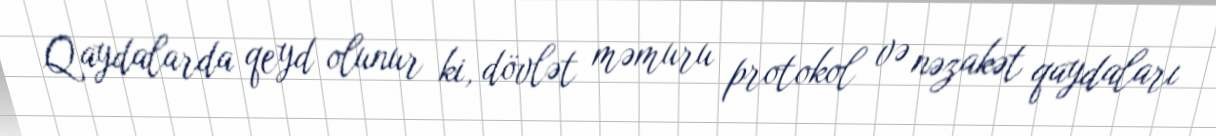
Qaydalarda qeyd olunur ki, dövlət məmuru protokol və nəzakət qaydaları